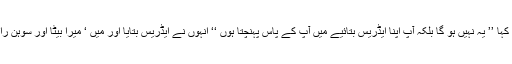
اس لئے میں نے کہا ’’ یہ نہیں ہو گا بلکہ آپ اپنا ایڈریس بتائیے میں آپ کے پاس پہنچتا ہوں ‘‘ انہوں نے ایڈریس بتایا اور میں ‘ میرا بیٹا اور سوہن راہی وہاں پہنچے ۔